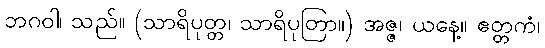
ဘဂဝါ၊ သည်။ (သာရိပုတ္တ၊ သာရိပုတြာ။) အဇ္ဇ၊ ယနေ့။ ဧတ္တကံ၊